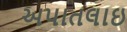
અપાતલાઇ